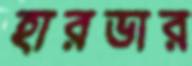
হারভার